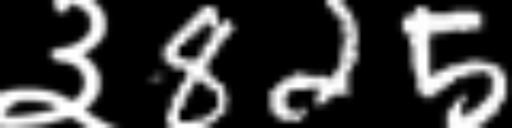
Text: ३825